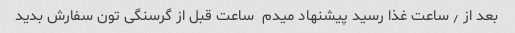
بعد از ٫ ساعت غذا رسید پیشنهاد میدم  ساعت قبل از گرسنگی تون سفارش بدید